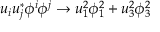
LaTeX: u _ { i } u _ { j } ^ { * } \phi ^ { i } \phi ^ { j } \rightarrow u _ { 1 } ^ { 2 } \phi _ { 1 } ^ { 2 } + u _ { 3 } ^ { 2 } \phi _ { 3 } ^ { 2 }